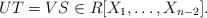
LaTeX: \begin{align*}UT = VS \in R[X_1, \dots, X_{n-2}].\end{align*}